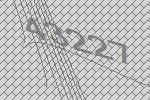
43227